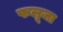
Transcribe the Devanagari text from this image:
फलूजा